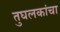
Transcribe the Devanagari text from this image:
तुघलकांचा